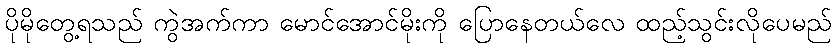
ပိုမိုတွေ့ရသည် ကွဲအက်ကာ မောင်အောင်မိုးကို ပြောနေတယ်လေ ထည့်သွင်းလိုပေမည်